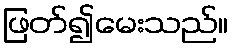
ဖြတ်၍မေးသည်။